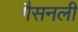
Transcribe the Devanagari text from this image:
गैसनली